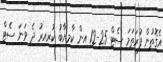
އެގޮތުން ފުރަތަމަ ސެޓް 25-12 އިން ކާމިޔާބު ކުރިއިރު ދެ ވަނަ ސެޓް